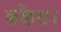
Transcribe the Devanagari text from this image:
कोहरा।